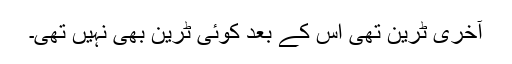
آخری ٹرین تھی اس کے بعد کوئی ٹرین بھی نہیں تھی۔